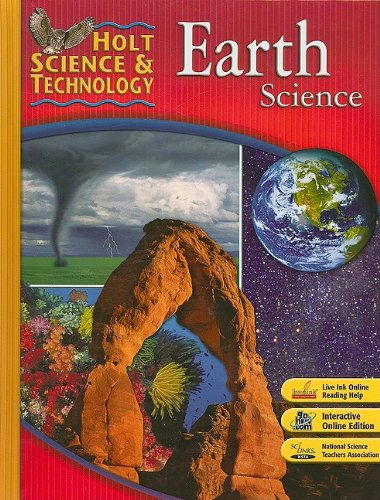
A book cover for Holt Science & Technology: Student Edition Earth Science 2007; RINEHART AND WINSTON HOLT; Teen & Young Adult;